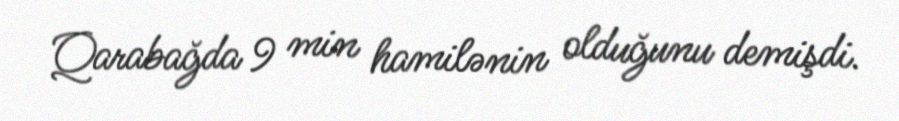
Qarabağda 9 min hamilənin olduğunu demişdi.